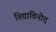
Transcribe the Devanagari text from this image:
विद्याविनोद